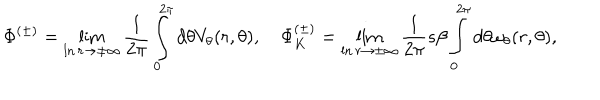
LaTeX: \Phi ^ { ( \pm ) } = \lim _ { \ln r \rightarrow \pm \infty } \frac { 1 } { 2 \pi } \int _ { 0 } ^ { 2 \pi } d \theta V _ { \theta } ( r , \theta ) , \quad \Phi _ { K } ^ { ( \pm ) } = \lim _ { \ln r \rightarrow \pm \infty } \frac { 1 } { 2 \pi } s \beta \int _ { 0 } ^ { 2 \pi } d \theta \omega _ { \theta } ( r , \theta ) ,